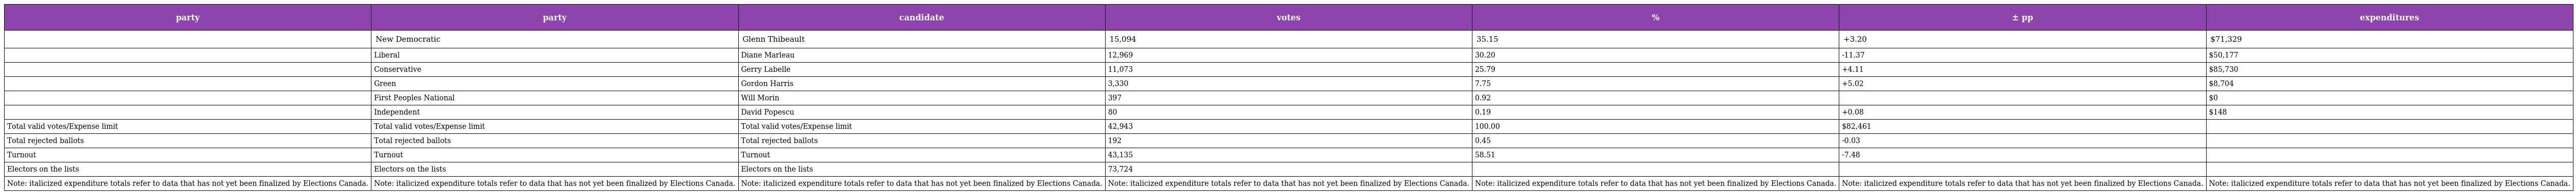
| party | party | candidate | votes | % | ± pp | expenditures |
 | --- | --- | --- | --- | --- | --- | --- |
 |  | New Democratic | Glenn Thibeault | 15,094 | 35.15 | +3.20 | $71,329 |
 |  | Liberal | Diane Marleau | 12,969 | 30.20 | -11.37 | $50,177 |
 |  | Conservative | Gerry Labelle | 11,073 | 25.79 | +4.11 | $85,730 |
 |  | Green | Gordon Harris | 3,330 | 7.75 | +5.02 | $8,704 |
 |  | First Peoples National | Will Morin | 397 | 0.92 |  | $0 |
 |  | Independent | David Popescu | 80 | 0.19 | +0.08 | $148 |
 | Total valid votes/Expense limit | Total valid votes/Expense limit | Total valid votes/Expense limit | 42,943 | 100.00 | $82,461 |  |
 | Total rejected ballots | Total rejected ballots | Total rejected ballots | 192 | 0.45 | -0.03 |  |
 | Turnout | Turnout | Turnout | 43,135 | 58.51 | -7.48 |  |
 | Electors on the lists | Electors on the lists | Electors on the lists | 73,724 |  |  |  |
 | Note: italicized expenditure totals refer to data that has not yet been finalized by Elections Canada. | Note: italicized expenditure totals refer to data that has not yet been finalized by Elections Canada. | Note: italicized expenditure totals refer to data that has not yet been finalized by Elections Canada. | Note: italicized expenditure totals refer to data that has not yet been finalized by Elections Canada. | Note: italicized expenditure totals refer to data that has not yet been finalized by Elections Canada. | Note: italicized expenditure totals refer to data that has not yet been finalized by Elections Canada. | Note: italicized expenditure totals refer to data that has not yet been finalized by Elections Canada. |